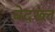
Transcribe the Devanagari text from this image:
बेदख्ल